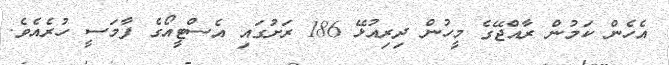
އެހެން ކަމުން ރާއްޖޭގެ މީހުން ދިރިއުޅޭ 186 ރަށުގައި އެސްޓީއޯގެ ފާމަސީ ހުރެއެވެ.